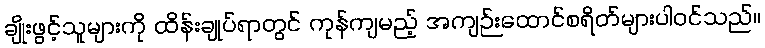
ချိုးဖွင့်သူများကို ထိန်းချုပ်ရာတွင် ကုန်ကျမည့် အကျဉ်းထောင်စရိတ်များပါဝင်သည်။